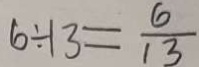
6 \div 1 3 = \frac { 6 } { 1 3 }